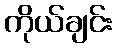
ကိုယ်ချင်း